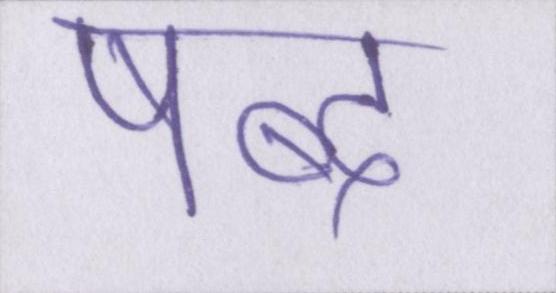
षब्द